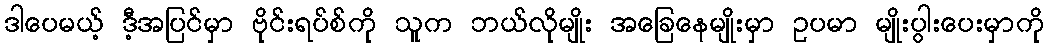
ဒါပေမယ့် ဒီ့အပြင်မှာ ဗိုင်းရပ်စ်ကို သူက ဘယ်လိုမျိုး အခြေနေမျိုးမှာ ဥပမာ မျိုးပွါးပေးမှာကို